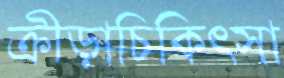
ক্রীড়াচিকিত্সা